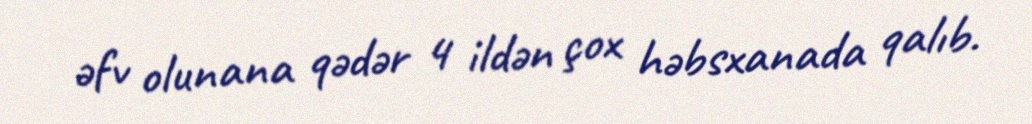
əfv olunana qədər 4 ildən çox həbsxanada qalıb.